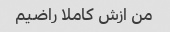
من ازش کاملا راضیم